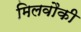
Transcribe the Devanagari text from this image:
मिलवौकी